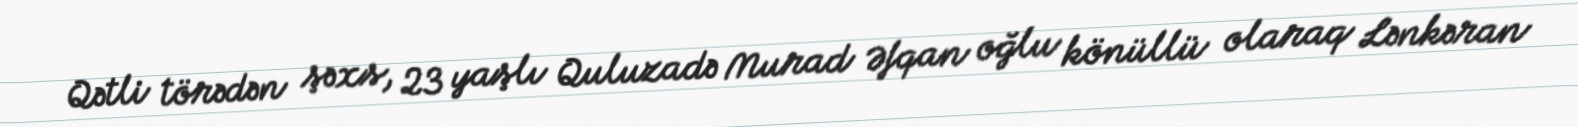
Qətli törədən şəxs, 23 yaşlı Quluzadə Murad Əfqan oğlu könüllü olaraq Lənkəran